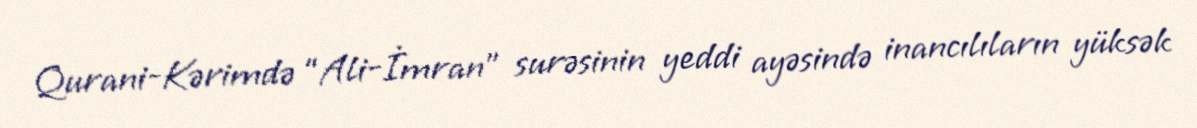
Qurani-Kərimdə “Ali-İmran” surəsinin yeddi ayəsində inancılıların yüksək